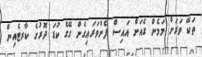
ތަކޭ ވަރަށް މަމެން ގެއަށް އައިސް ފެންވަރައިގެން ގޭގެ ކުޑަ ދޮރުގެ ކާރޓެއިން